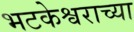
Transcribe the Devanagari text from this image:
भटकेश्वराच्या